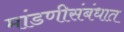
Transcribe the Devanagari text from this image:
मांडणीसंबंधात